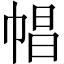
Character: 𢃑